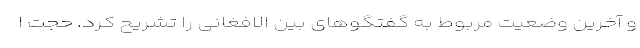
و آخرین وضعیت مربوط به گفتگو‌های بین الافغانی را تشریح کرد. حجت ا